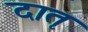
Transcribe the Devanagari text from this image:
दातृ